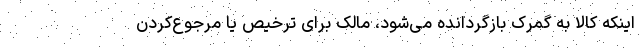
اینکه کالا به گمرک بازگردانده می‌شود، مالک برای ترخیص یا مرجوع‌کردن